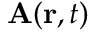
\mathbf { A } ( \mathbf { r } , t )